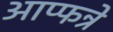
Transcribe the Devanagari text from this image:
आप्फन्रे